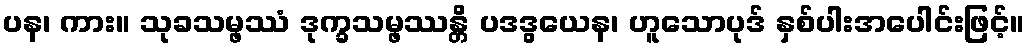
ပန၊ ကား။ သုခသမ္ဖဿံ ဒုက္ခသမ္ဖဿန္တိ ပဒဒွယေန၊ ဟူသောပုဒ် နှစ်ပါးအပေါင်းဖြင့်။